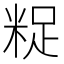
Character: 𮇟